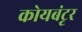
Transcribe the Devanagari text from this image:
कोयबंटृर